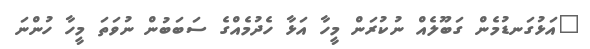
"އަޅުގަނޑުމެން ގަބޫލެއް ނުކުރަން މީހާ އަޅާ ހެދުމެއްގެ ސަބަބުން ނުވަތަ މީހާ ހުންނަ